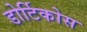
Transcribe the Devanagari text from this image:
डोर्टिकोस